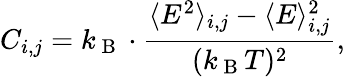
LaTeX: C_{i,j}=k_{\mathrm{~B~}}\cdot\frac{\langle E^{2}\rangle_{i,j}-\langle E\rangle_{i,j}^{2}}{(k_{\mathrm{~B~}}T)^{2}},